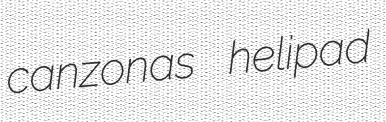
canzonas helipad